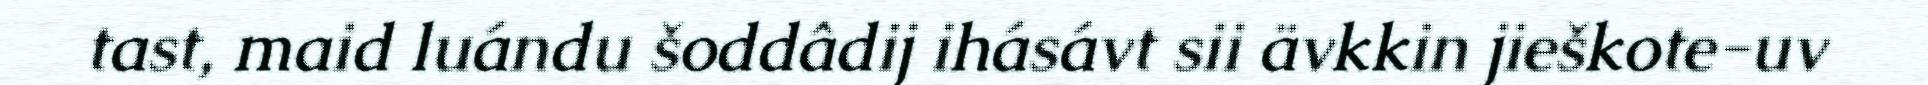
tast, maid luándu šoddâdij ihásávt sii ävkkin jieškote-uv